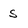
Character: S